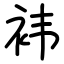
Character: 袆